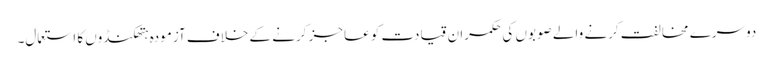
دوسرے مخالفت کرنے والے صوبوں کی حکمران قیادت کو عاجز کرنے کے خلاف آزمودہ ہتھکنڈوں کا استعمال۔